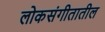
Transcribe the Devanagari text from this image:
लोकसंगीतातील